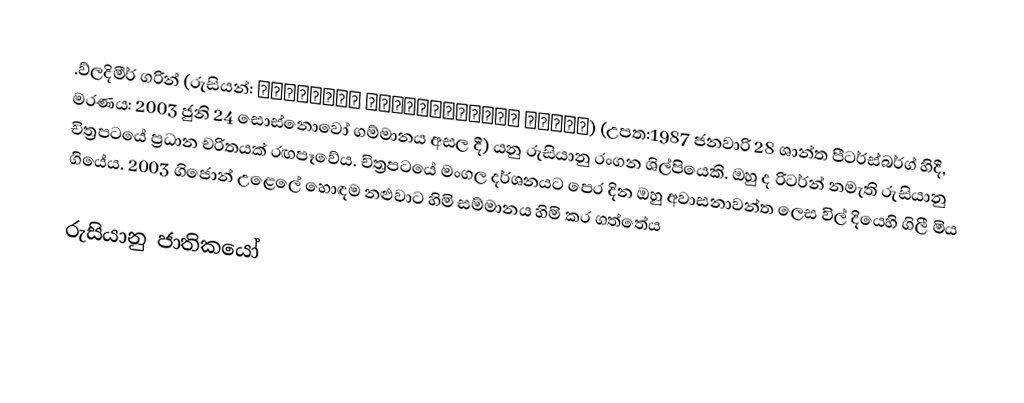
.ව්ලදිමීර් ගරින් (රුසියන්: Владимир Владимирович Гарин) (උපත:1987 ජනවාරි 28 ශාන්ත පීටර්ස්බර්ග් හිදී, මරණය: 2003 ජුනි 24 සොස්නොවෝ ගම්මානය අසල දී)  යනු රුසියානු රංගන ශිල්පියෙකි.  ඔහු ද රිටර්න් නමැති රුසියානු චිත්‍රපටයේ ප්‍රධාන චරිතයක් රඟපෑවේය. චිත්‍රපටයේ මංගල දර්ශනයට පෙර දින ඔහු අවාසනාවන්ත ලෙස විල් දියෙහි ගිලී මිය ගියේය. 2003 ගිජොන් උළෙලේ හොඳම නළුවාට හිමි සම්මානය හිමි කර ගත්තේය

රුසියානු ජාතිකයෝ